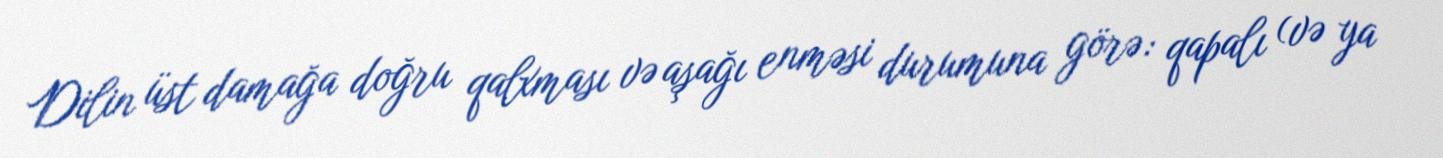
Dilin üst damağa doğru qalxması və aşağı enməsi durumuna görə: qapalı (və ya